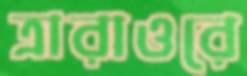
ত্রারাওরে